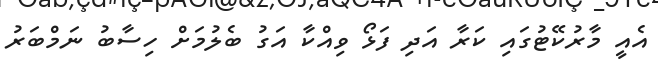
އެއީ މާރުކޭޓުގައި ކަރާ އަދި ފަޅޯ ވިއްކާ އަގު ބެލުމަށް ހިސާބު ނަމްބަރު